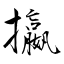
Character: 攍